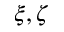
\xi , \zeta